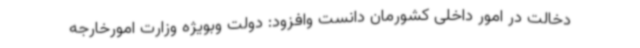
دخالت در امور داخلی کشورمان دانست وافزود: دولت وبویژه وزارت امورخارجه